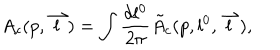
A _ { c } ( p , \stackrel { \rightharpoonup } { l } ) = \int \frac { d l ^ { 0 } } { 2 \pi } \tilde { A } _ { c } ( p , l ^ { 0 } , \stackrel { \rightharpoonup } { l } ) ,